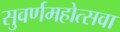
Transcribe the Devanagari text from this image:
सुवर्णमहोत्सवा